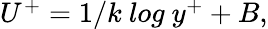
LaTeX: \begin{array}{r}{U^{+}=1/k~log~y^{+}+B,}\end{array}